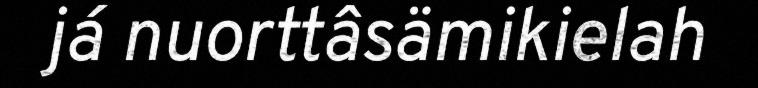
já nuorttâsämikielah